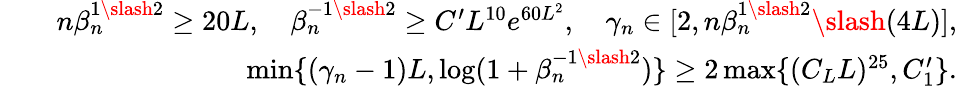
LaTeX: \begin{array}{rlr}&{}&{n\beta_{n}^{1\slash 2}\geq 20L,\quad\beta_{n}^{-1\slash 2}\geq C^{\prime}L^{10}e^{60L^{2}},\quad\gamma_{n}\in[2,n\beta_{n}^{1\slash 2}\slash(4L)],}\\ &{}&{\operatorname*{min}\{ (\gamma_{n}-1)L,\log(1+\beta_{n}^{-1\slash 2})\} \geq 2\operatorname*{max}\{ (C_{L}L)^{25},C_{1}^{\prime}\} .}\end{array}